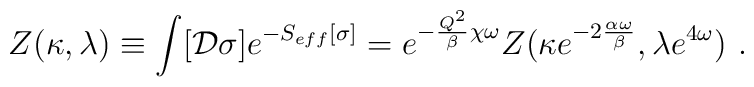
Z(\kappa , \lambda) \equiv \int [{\cal D} \sigma] e^{-S_{eff} [\sigma]} =e^{- {Q^2 \over \beta} \chi \omega} Z(\kappa e^{- 2 {\alpha\omega\over\beta}},\lambda e^{4\omega}) \ .